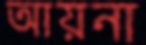
আয়না